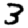
Digit: 3